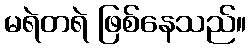
မရဲတရဲ ဖြစ်နေသည်။